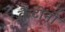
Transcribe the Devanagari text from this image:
कैंटीनो